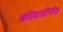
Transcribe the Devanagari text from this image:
आदिवासींनीच